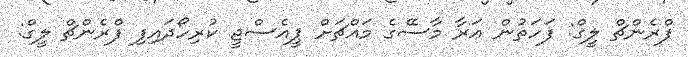
ފްރެންޗް ލީގް: ފަހަތުން އަރާ މާސޭގެ މައްޗަށް ޕީއެސްޖީ ކުރިހޯދައިފި ފްރެންޗް ލީގް: